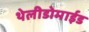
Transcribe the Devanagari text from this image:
थेलीडोमाईड